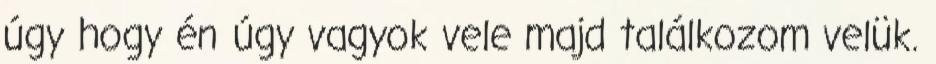
úgy hogy én úgy vagyok vele majd találkozom velük.